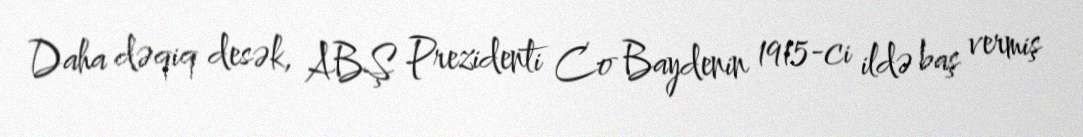
Daha dəqiq desək, ABŞ Prezidenti Co Baydenin 1915-ci ildə baş vermiş